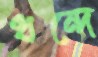
ধন্দে